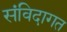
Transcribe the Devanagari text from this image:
संविदागत